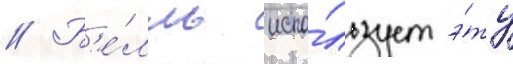
// Б'е́лль испо́льзует э́ту